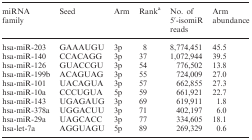
<table><thead><tr><td><b>miRNA family</b></td><td><b>Seed</b></td><td><b>Arm</b></td><td><b>Rank<sup>a</sup></b></td><td><b>No. of 5′-isomiR reads</b></td><td><b>Arm abundance</b></td></tr></thead><tbody><tr><td>hsa-miR-203</td><td>GAAAUGU</td><td>3p</td><td>8</td><td>8,774,451</td><td>45.5</td></tr><tr><td>hsa-miR-140</td><td>CCACAGG</td><td>3p</td><td>37</td><td>1,072,944</td><td>39.5</td></tr><tr><td>hsa-miR-126</td><td>GUACCGU</td><td>3p</td><td>54</td><td>776,502</td><td>13.8</td></tr><tr><td>hsa-miR-199b</td><td>ACAGUAG</td><td>3p</td><td>55</td><td>724,009</td><td>27.0</td></tr><tr><td>hsa-miR-101</td><td>UACAGUA</td><td>3p</td><td>57</td><td>662,855</td><td>27.3</td></tr><tr><td>hsa-miR-10a</td><td>CCCUGUA</td><td>5p</td><td>59</td><td>661,921</td><td>22.7</td></tr><tr><td>hsa-miR-143</td><td>UGAGAUG</td><td>3p</td><td>69</td><td>619,911</td><td>1.8</td></tr><tr><td>hsa-miR-378a</td><td>UGGACUU</td><td>3p</td><td>71</td><td>402,197</td><td>6.0</td></tr><tr><td>hsa-miR-29a</td><td>UAGCACC</td><td>3p</td><td>77</td><td>334,605</td><td>18.1</td></tr><tr><td>hsa-let-7a</td><td>AGGUAGU</td><td>5p</td><td>89</td><td>269,329</td><td>0.6</td></tr></tbody></table>